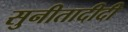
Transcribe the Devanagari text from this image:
सुनीतादीदी